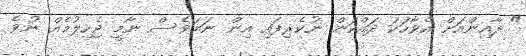
" ދާއިންއަށް އެވާހަކަ ދައްކަން ނުކެރިފައި އިން ނަމަވެސް ނާމީ ޖެހިލުމެއް ނުވެ